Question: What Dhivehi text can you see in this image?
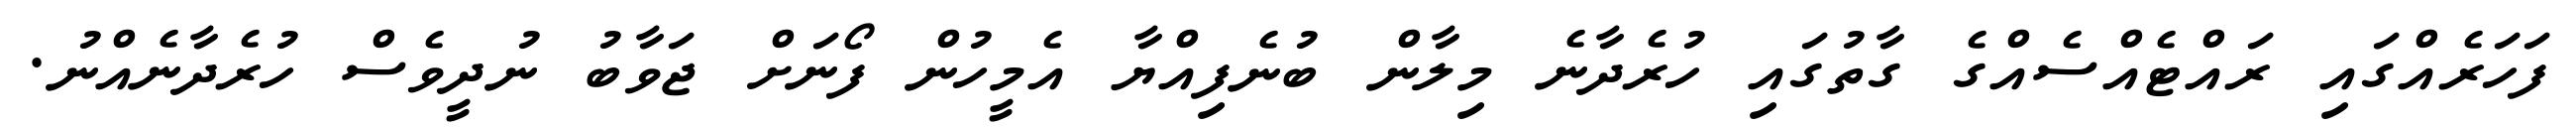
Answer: ފަހަރެއްގައި ރައްޓެއްސެއްގެ ގާތުގައި ހުރެދާނެ މިލާން ބުނެފިއްޔާ އެމީހުން ފޯނަށް ޖަވާބު ނުދީވެސް ހުރެދާނެއްނު.